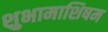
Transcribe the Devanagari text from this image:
शुभामाशिषम